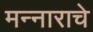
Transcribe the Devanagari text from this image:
मन्नाराचे